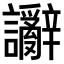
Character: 𫍗